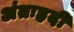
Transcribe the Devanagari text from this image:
अंतःहृदी